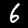
Digit: 6